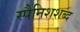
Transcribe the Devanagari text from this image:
स्पैनिशशब्द